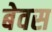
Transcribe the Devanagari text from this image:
बेवस